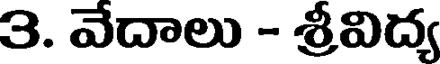
3. వేదాలు - శ్రీవిద్య